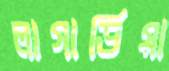
লাগার্ডিয়া